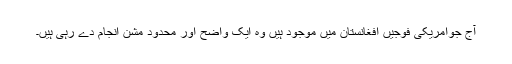
آج جوامریکی فوجیں افغانستان میں موجود ہیں وہ ایک واضح اور محدود مشن انجام دے رہی ہیں۔